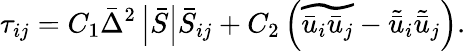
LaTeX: {\tau_{ij}}={C_{1}}{\bar{\Delta}^{2}}\left|{\bar{S}}\right|{\bar{S}_{ij}}+{C_{2}}\left({\widetilde{{{\bar{u}}_{i}}{{\bar{u}}_{j}}}-{{\tilde{\bar{u}}}_{i}}{{\tilde{\bar{u}}_{j}}}}\right).